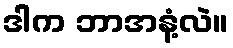
ဒါက ဘာအနံ့လဲ။